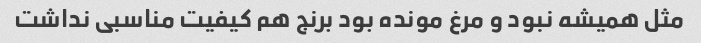
مثل همیشه نبود و مرغ مونده بود برنج هم کیفیت مناسبی نداشت